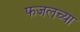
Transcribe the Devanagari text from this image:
फजलच्या